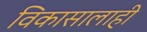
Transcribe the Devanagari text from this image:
विकासालाही